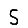
Digit: 5